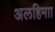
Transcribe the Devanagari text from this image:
अलहिमाा